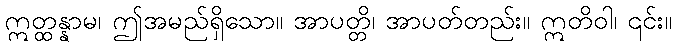
ဣတ္ထန္နာမ၊ ဤအမည်ရှိသော။ အာပတ္တိ၊ အာပတ်တည်း။ ဣတိဝါ၊ ၎င်း။